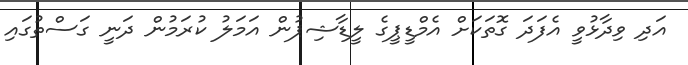
އަދި ވިދާޅުވީ އެފަދަ ގޮތަކަށް އެމްޑީޕީގެ ލީޑާޝިޕުން އަމަލު ކުރަމުން ދަނީ ގަސްތުގައި